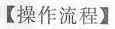
【操作流程】